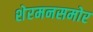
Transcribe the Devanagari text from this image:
शेरमनसमोर